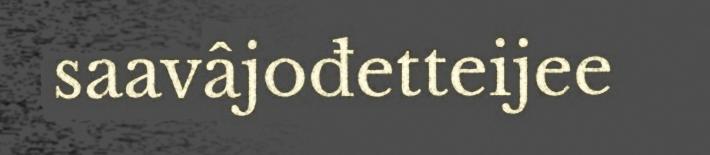
saavâjođetteijee